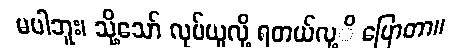
မပါဘူး၊ သို့သော် လုပ်ယူလို့ ရတယ်လု့ိ ပြောတာ။